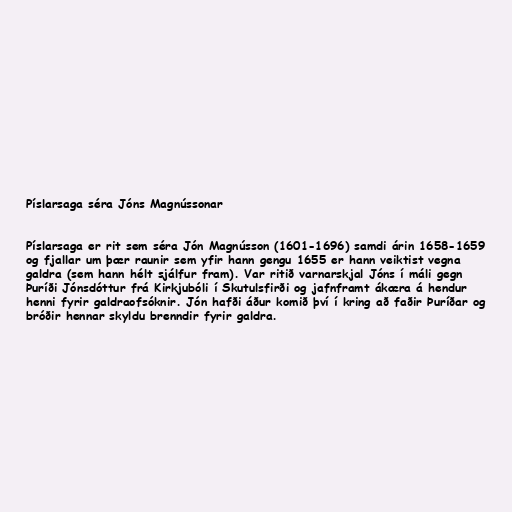
Píslarsaga séra Jóns Magnússonar

Píslarsaga er rit sem séra Jón Magnússon (1601-1696) samdi árin 1658-1659
og fjallar um þær raunir sem yfir hann gengu 1655 er hann veiktist vegna
galdra (sem hann hélt sjálfur fram). Var ritið varnarskjal Jóns í máli gegn
Þuríði Jónsdóttur frá Kirkjubóli í Skutulsfirði og jafnframt ákæra á hendur
henni fyrir galdraofsóknir. Jón hafði áður komið því í kring að faðir Þuríðar og
bróðir hennar skyldu brenndir fyrir galdra.